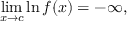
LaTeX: \operatorname* { l i m } _ { x \to c } \ln { f ( x ) } = - \infty ,